Report on horse surra - Volume I
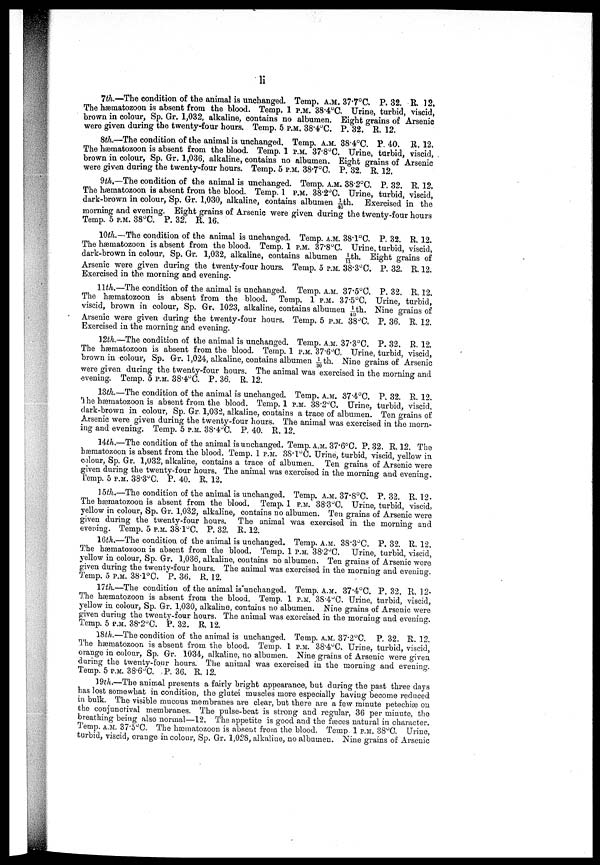
li
7th.—The condition of the animal is unchanged. Temp. A.M. 37.7°C. P> 32. R 12.
The hæmatozoon is absent from the blood. Temp. 1 P.M. 38.4°C. Urine, turbid, viscid,
brown in colour, Sp. Gr. 1,032, alkaline, contains no albumen. Eight grains of Arsenic
were given during the twenty-four hours. Temp. 5 P.M. 38.4°C. P. 32. R. 12.
8th.—The condition of the animal is unchanged. Temp. A.M. 38.4°C. P. 40. R. 12.
The hæmatozoon is absent from the blood. Temp. 1 P.M. 37.8°C. Urine, turbid, viscid,
brown in colour, Sp. Gr. 1,036, alkaline, contains no albumen. Eight grains of Arsenic
were given during the twenty-four hours. Temp. 5 P.M. 38.7°C. P. 32. R. 12.
9th.—The condition of the animal is unchanged. Temp. A.M. 38.2°C. P. 32. R, 12,
The hæmatozoon is absent from the blood. Temp. 1 P.M. 38.2°C. Urine, turbid, viscid,
dark-brown in colour, Sp. Gr. 1,030, alkaline, contains albumen 1/40th. Exercised in the
morning and evening. Eight grains of Arsenic were given during the twenty-four hours
Temp. 5 P.M. 38°C. P. 32. R. 16.
10th.—The condition of the animal is unchanged. Temp. A.M. 38.l°C. P. 32. R 12.
The hæmatozoon is absent from the blood. Temp. 1 P.M. 37.8°C. Urine, turbid, viscid,
dark-brown in colour, Sp. Gr. 1,032, alkaline, contains albumen 1/11th. Eight grains of
Arsenic were given during the twenty-four hours. Temp. 5 P.M. 38.3° C. P. 32. R. 12.
Exercised in the morning and evening.
11th.—The condition of the animal is unchanged. Temp. A.M. 37.5°C. P. 32. R. 12.
The hæmatozoon is absent from the blood. Temp. 1 P.M. 37.5°C. Urine, turbid,
viscid, brown in colour, Sp. Gr. 1023, alkaline, contains albumen 1/40th. Nine grains of
Arsenic were given during the twenty-four hours. Temp. 5 P.M. 38°C. P. 36. R. 12.
Exercised in the morning and evening.
12th.—The condition of the animal is unchanged. Temp. A.M. 37.3°C. P. 32. R. 12.
The hæmatozoon is absent from the blood. Temp. 1 P.M. 37.6°C. Urine, turbid, viscid,
brown in colour, Sp. Gr. 1,024, alkaline, contains albumen 1/30th. Nine grains of Arsenic
were given during the twenty-four hours. The animal was exercised in the morning and
evening. Temp. 5 P.M. 38.4°C. P. 36. R. 12.
13th.—The condition of the animal is unchanged. Temp. A.M. 37.4°C. P. 32. R. 12.
The hæmatozoon is absent from the blood. Temp. 1 P.M. 38.2°C. Urine, turbid, viscid,
dark-brown in colour, Sp. Gr. 1,032, alkaline, contains a trace of albumen. Ten grains of
Arsenic were given during the twenty-four hours. The animal was exercised in the morn-
ing and evening. Temp. 5 P.M. 38.4°C. P.. 40. R. 12.
14th.—The condition of the animal is unchanged. Temp. A.M. 37.6°C. P. 32. R. 12. The
hæmatozoon is absent from the blood. Temp. 1 P.M. 38.1°C. Urine, turbid, viscid, yellow in
colour, Sp. Gr. 1,032, alkaline, contains a trace of albumen. Ten grains of Arsenic were
given during the twenty-four hours. The animal was exercised in the morning and evening.
Temp. 5 P.M. 38.3°C. P. 40. R. 12.
15 th.—The condition of the animal is unchanged. Temp. A.M. 37.8°C. P. 32. R. 12.
The hæmatozoon is absent from the blood. Temp. 1 P.M. 38.3°C. Urine, turbid, viscid,
yellow in colour, Sp. Gr. 1,032, alkaline, contains no albumen. Ten grains of Arsenic were
given during the twenty-four hours. The animal was exercised in the morning and
evening. Temp. 5 P.M. 38.1°C. P. 32, R. 12.
16th.—The condition of the animal is unchanged. Temp. A.M. 38.3°C. P. 32. R. 12.
The hæmatozoon is absent from the blood. Temp. 1 P.M. 38.2°C. Urine, turbid, viscid,
yellow in colour, Sp. Gr. 1,036, alkaline, contains no albumen. Ten grains of Arsenic were
given during the twenty-four hours. The animal was exercised in the morning and evening.
Temp. 5 P.M. 38.1°0. P. 36. R. 12.
17th.—The condition of the animal is unchanged. Temp. A.M. 37.4°C. P. 32. R. 12.
The hæmatozoon is absent from the blood. Temp. 1 P.M. 38.4°C. Urine, turbid, viscid,
yellow in colour, Sp. Gr. 1,030, alkaline, contains no albumen. Nine grains of Arsenic were
given durinig the twenty-four hours. The animal was exercised in the morning and evening.
Temp. 5 P.M. 38.2°C. P. 32. R. 12.
18th.—The condition of the animal is unchanged. Temp. A.M. 37.2°C, P. 32. R. 12.
The hæmatozoon is absent from the blood. Temp. 1 P.M. 38.4°C. Urine, turbid, viscid,
orange in colour, Sp. Gr. 1034, alkaline, no albumen. Nine grains of Arsenic were given
during the twenty-four hours. The animal was exercised in the morning and evening.
Temp. 5 P.M. 38.6°C. ,P. 36. R. 12.
19th.—The animal presents a fairly bright appearance, but during the past three days
has lost somewhat in condition, the glutei muscles more especially having become reduced
in bulk. The visible mucous membranes are clear, but there are a few minute petechiæ on
the conjunctival membranes. The pulse-beat is strong and regular, 36 per minute, the
breathing being also normal—12. The appetite is good and the feces natural in character.
Temp. A.M. 37.5°C. The hæmatozoon is absent from the blood. Temp 1 P.M. 38°C. Urine,
turbid, viscid, orange in colour, Sp. Gr. 1,028, alkaline, no albumen. Nine grains of Arsenic